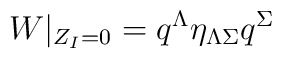
W|_{Z_I=0}=q^\Lambda\eta_{\Lambda \Sigma}q^{\Sigma}